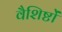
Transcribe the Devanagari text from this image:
वैशिष्टों